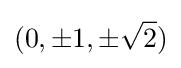
(0,\pm 1,\pm {\sqrt {2}})